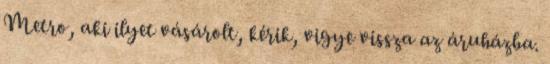
Metro, aki ilyet vásárolt, kérik, vigye vissza az áruházba.